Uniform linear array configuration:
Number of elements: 24
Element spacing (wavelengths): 0.5
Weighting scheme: hamming
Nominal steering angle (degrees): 45
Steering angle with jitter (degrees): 46.767
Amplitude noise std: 0.05
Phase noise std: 0.05

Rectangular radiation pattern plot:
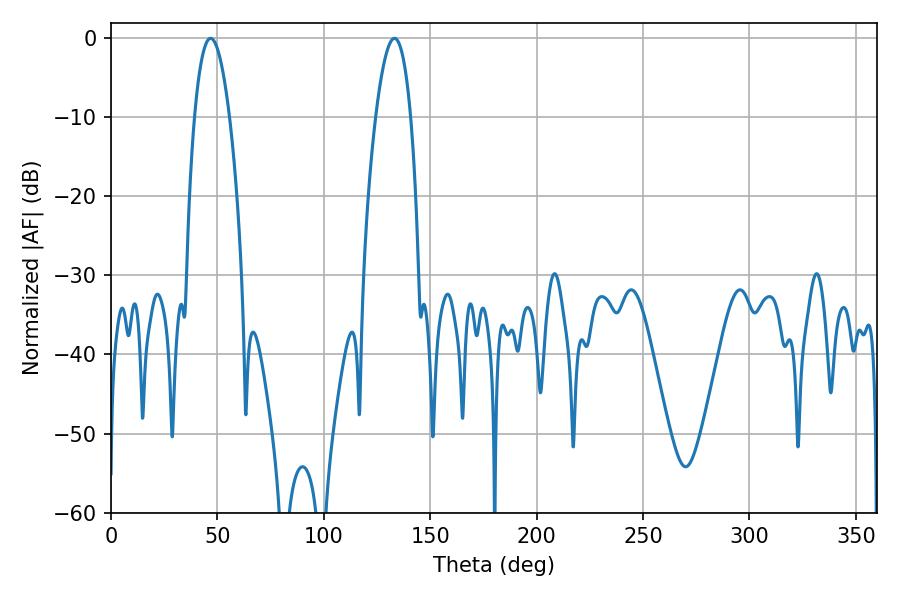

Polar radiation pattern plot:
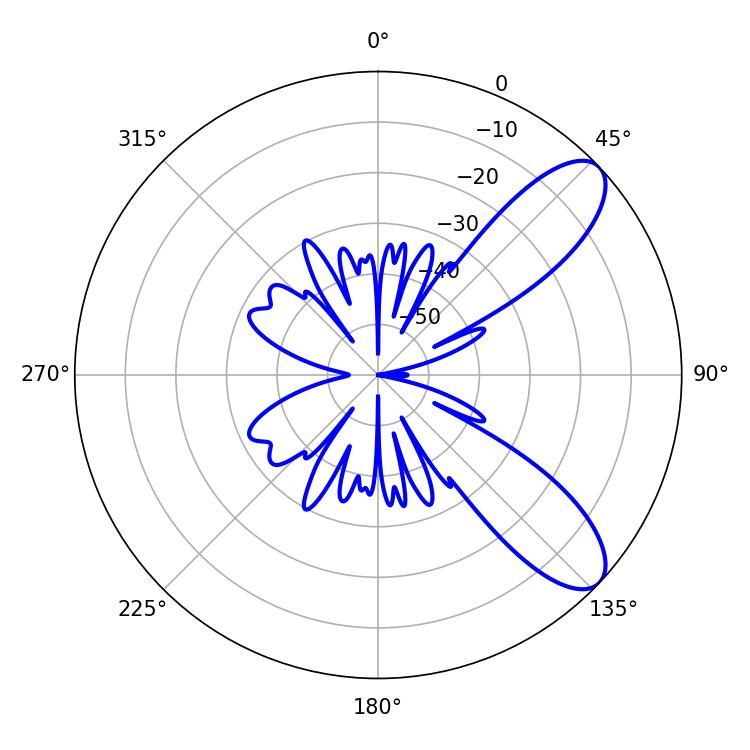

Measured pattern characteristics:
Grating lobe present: FALSE
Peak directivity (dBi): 9.059
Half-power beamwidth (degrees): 9
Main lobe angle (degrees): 46.8